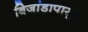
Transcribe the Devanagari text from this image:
बिजांडापासुन